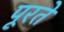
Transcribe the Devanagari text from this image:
पूरते